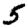
Digit: 5